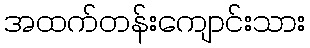
အထက်တန်းကျောင်းသား